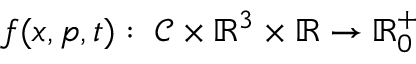
f ( \ensuremath { \boldsymbol { x } } , \ensuremath { \boldsymbol { p } } , t ) : \; \mathscr { C } \times \mathbb { R } ^ { 3 } \times \mathbb { R } \to \mathbb { R } _ { 0 } ^ { + }